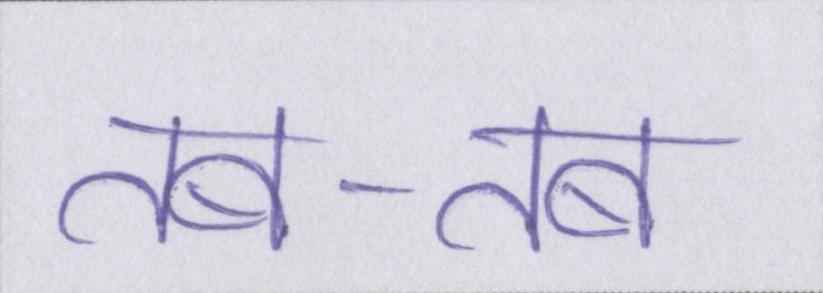
तब-तब